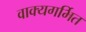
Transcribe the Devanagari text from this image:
वाक्यगर्भित